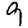
Digit: 9